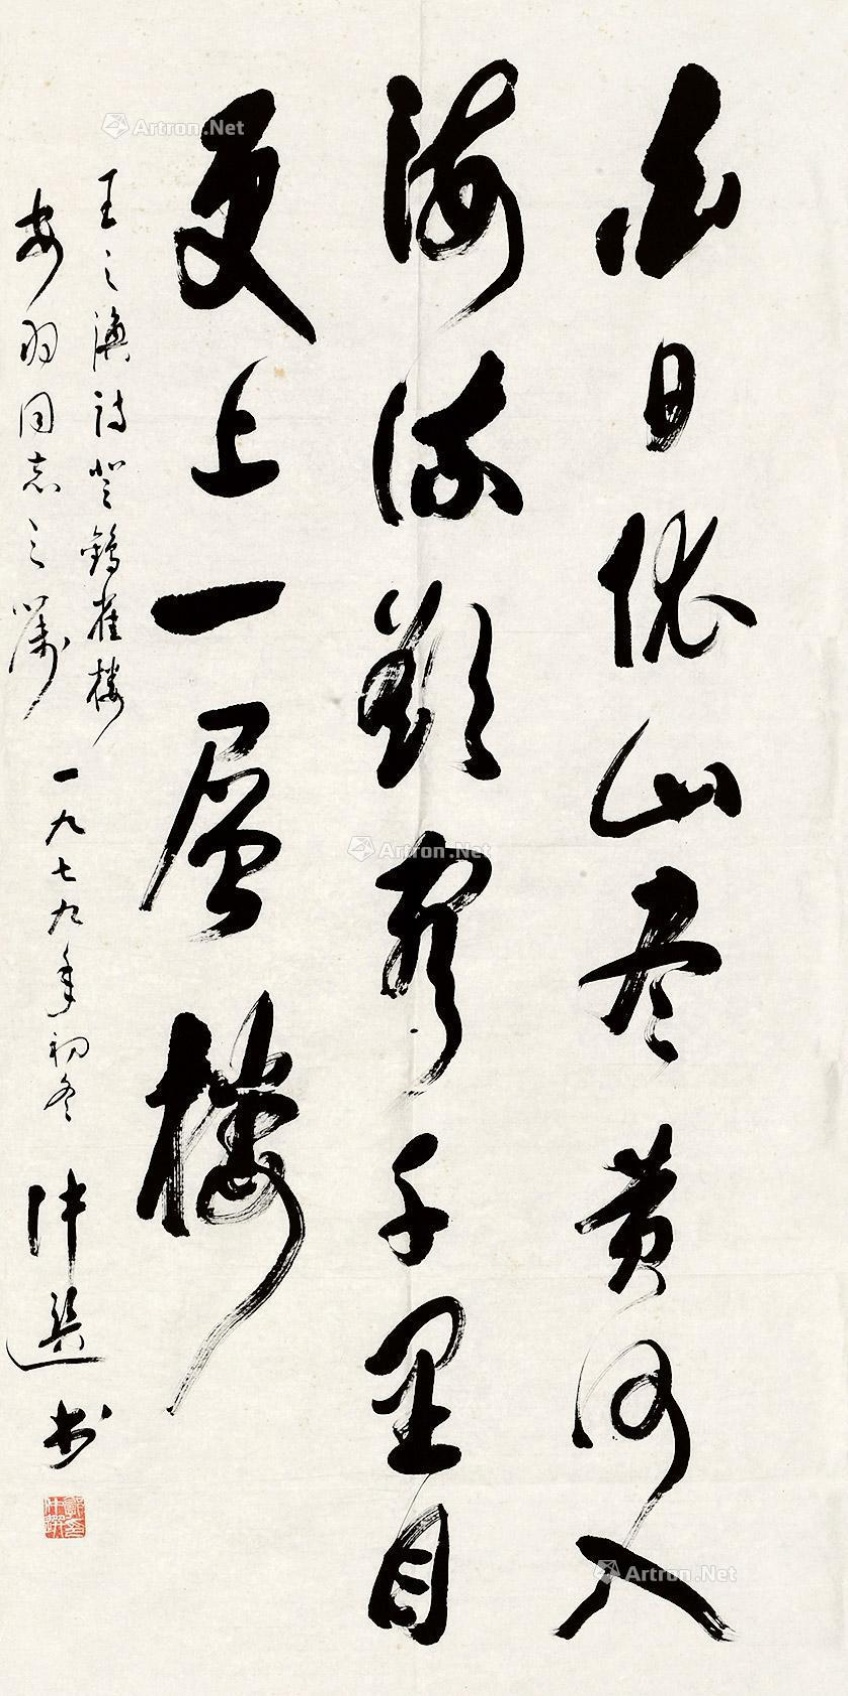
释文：白日依山尽，黄河入海流。欲穷千里目，更上一层楼。王之涣诗登鹳雀楼安羽同志之嘱一九七九年初冬仲选书。